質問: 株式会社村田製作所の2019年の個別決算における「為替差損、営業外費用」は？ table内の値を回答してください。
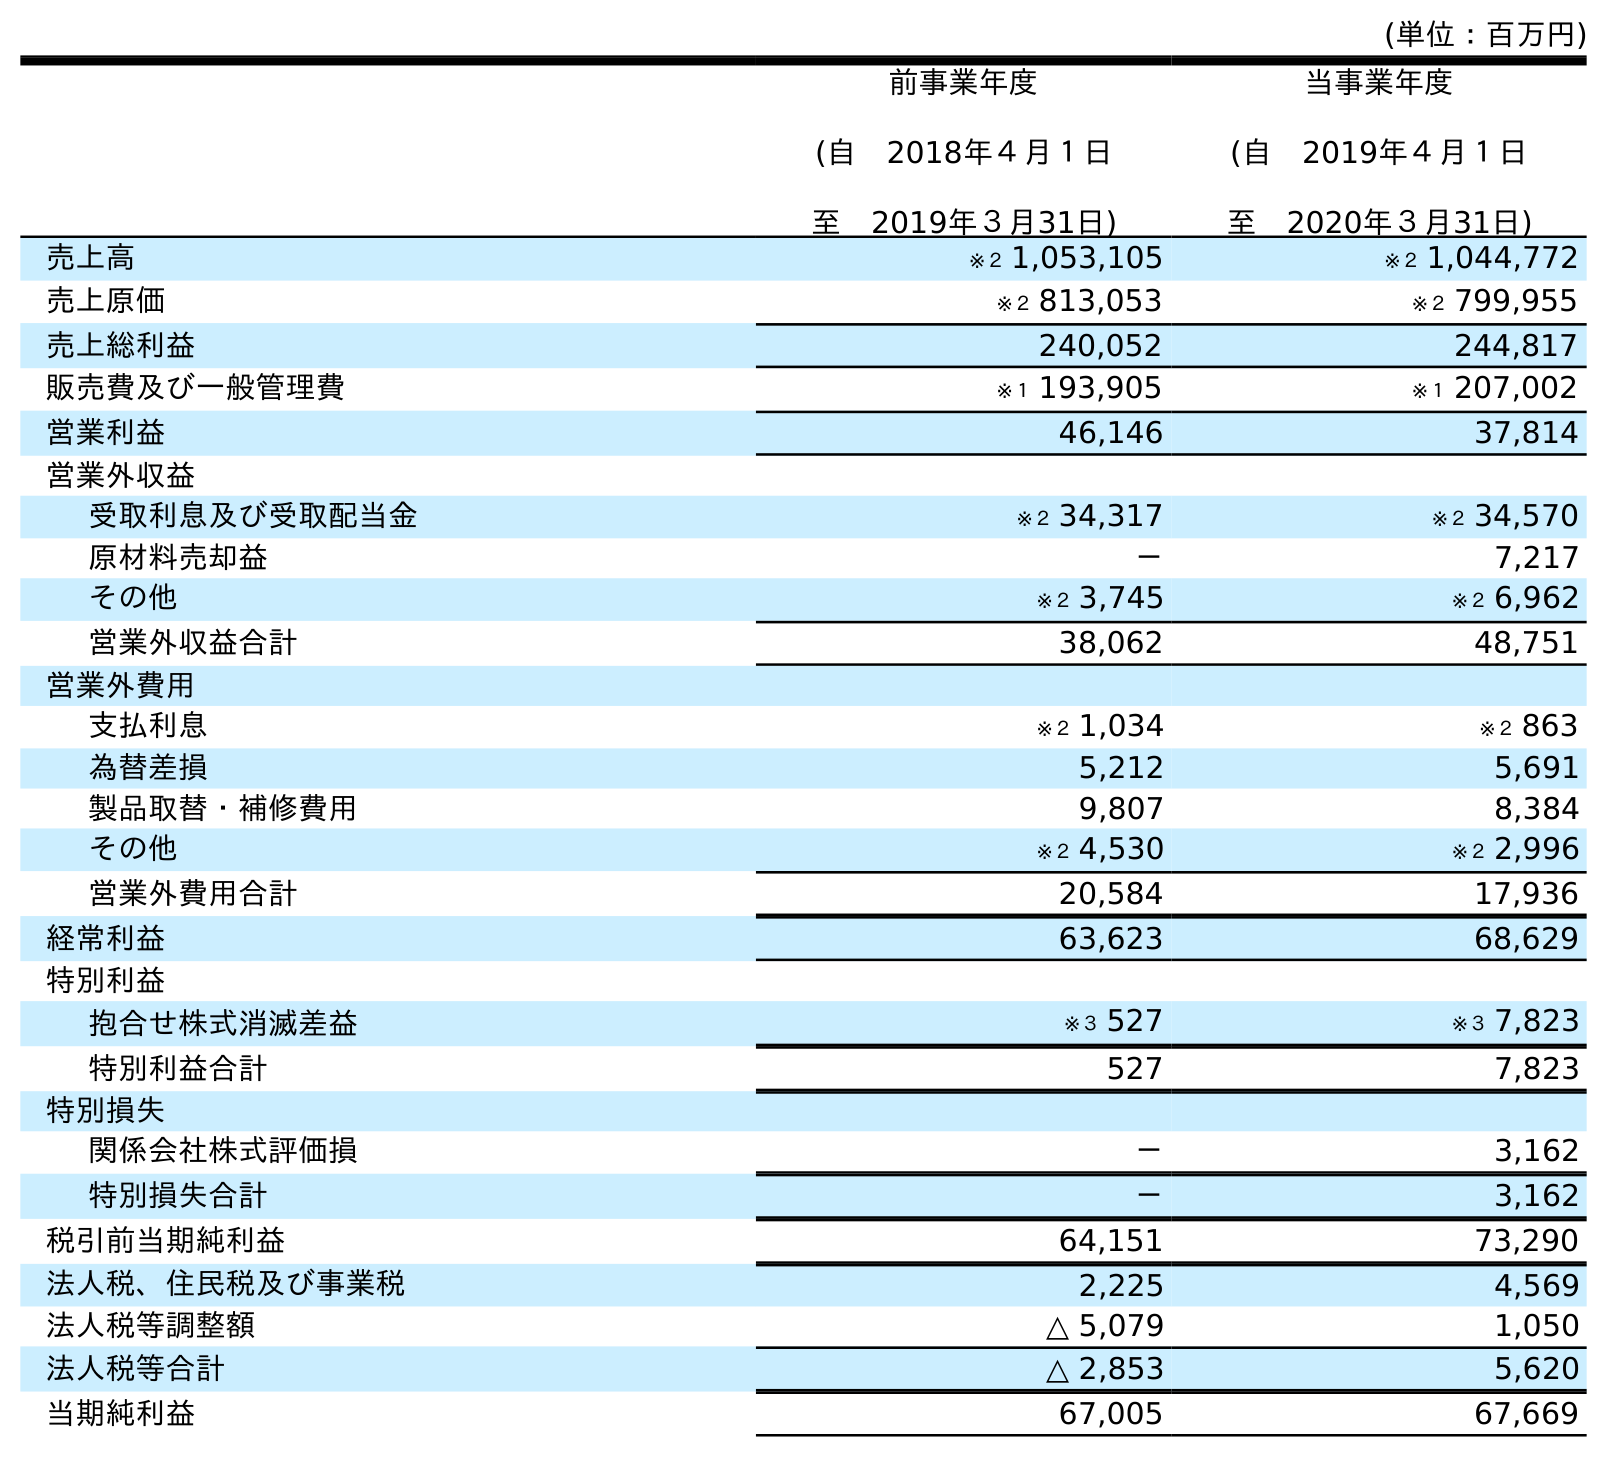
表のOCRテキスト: (単位：百万円) 前事業年度 (自 2018年４月１日 至 2019年３月31日) 当事業年度 (自 2019年４月１日 至 2020年３月31日) 売上高 ※２ 1,053,105 ※２ 1,044,772 売上原価 ※２ 813,053 ※２ 799,955 売上総利益 240,052 244,817 販売費及び一般管理費 ※１ 193,905 ※１ 207,002 営業利益 46,146 37,814 営業外収益 受取利息及び受取配当金 ※２ 34,317 ※２ 34,570 原材料売却益 － 7,217 その他 ※２ 3,745 ※２ 6,962 営業外収益合計 38,062 48,751 営業外費用 支払利息 ※２ 1,034 ※２ 863 為替差損 5,212 5,691 製品取替・補修費用 9,807 8,384 その他 ※２ 4,530 ※２ 2,996 営業外費用合計 20,584 17,936 経常利益 63,623 68,629 特別利益 抱合せ株式消滅差益 ※３ 527 ※３ 7,823 特別利益合計 527 7,823 特別損失 関係会社株式評価損 － 3,162 特別損失合計 － 3,162 税引前当期純利益 64,151 73,290 法人税、住民税及び事業税 2,225 4,569 法人税等調整額 △ 5,079 1,050 法人税等合計 △ 2,853 5,620 当期純利益 67,005 67,669
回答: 5,212